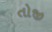
તોજી